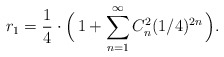
\begin{align*} r_1 = \frac{1}{4} \cdot \Bigl( \, 1+ \sum_{n=1}^{\infty}C_n^2 ( 1/4 )^{2n} \, \Bigr) .\end{align*}